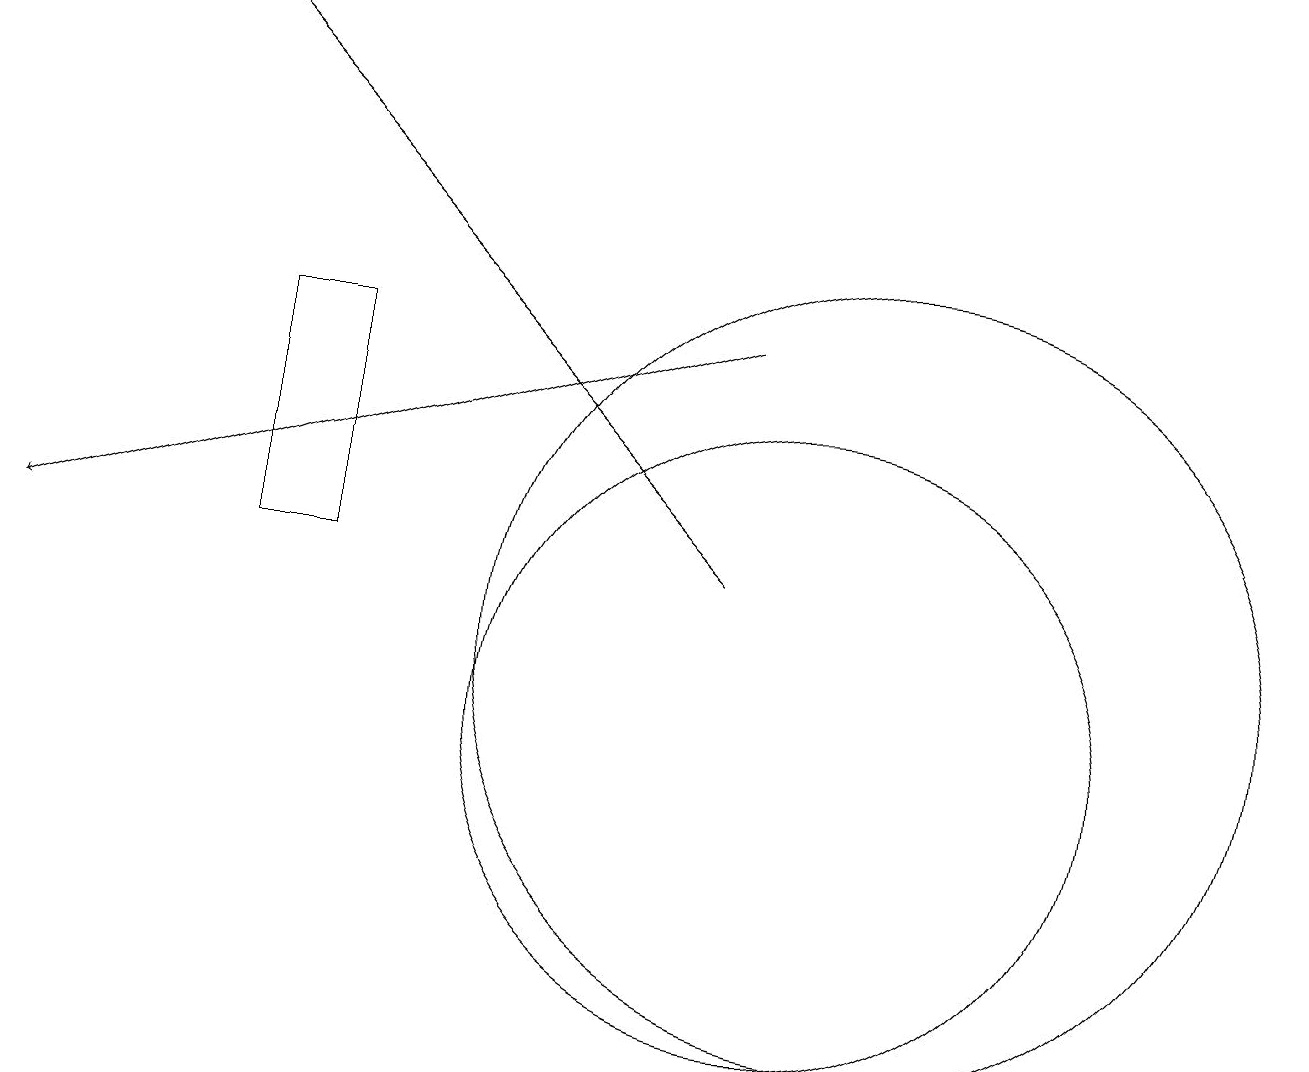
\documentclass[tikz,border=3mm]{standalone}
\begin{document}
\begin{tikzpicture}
\draw (4,12) rectangle (3,15);
\draw[->] (9,15) -- (0,12);
\draw (10,10) circle (0);
\draw (10,10) circle (4);
\draw[->] (9,12) -- (2,19);
\draw (11,11) circle (5);
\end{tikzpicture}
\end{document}